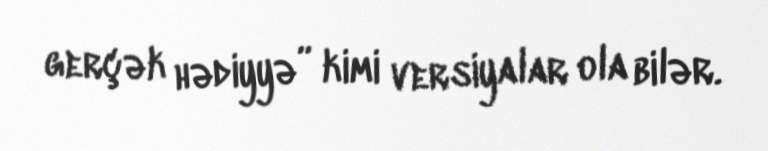
gerçək hədiyyə” kimi versiyalar ola bilər.